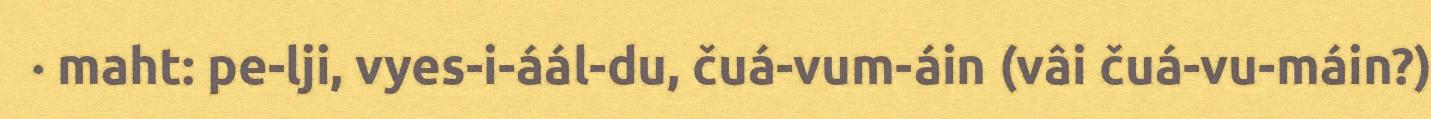
· maht: pe-lji, vyes-i-áál-du, čuá-vum-áin (vâi čuá-vu-máin?)